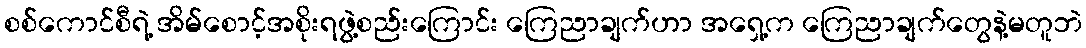
စစ်ကောင်စီရဲ့ အိမ်စောင့်အစိုးရဖွဲ့စည်းကြောင်း ကြေညာချက်ဟာ အရှေ့က ကြေညာချက်တွေနဲ့မတူဘဲ